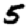
Digit: 5